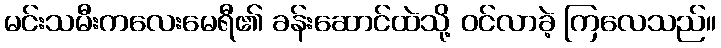
မင်းသမီးကလေးမေရီ၏ ခန်းဆောင်ထဲသို့ ဝင်လာခဲ့ ကြလေသည်။